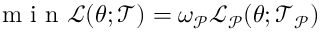
\mathrm { ~ m ~ i ~ n ~ } \mathcal { L } ( \boldsymbol { \theta } ; \mathcal { T } ) = \omega _ { \mathcal { P } } \mathcal { L } _ { \mathcal { P } } ( \boldsymbol { \theta } ; \mathcal { T } _ { \mathcal { P } } )